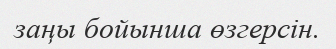
заңы бойынша өзгерсін.